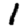
Digit: 1